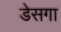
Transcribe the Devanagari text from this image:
डेसगा